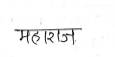
मजकूर: महाराज